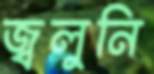
জ্বলুনি